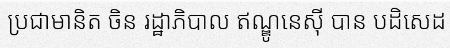
ប្រជាមានិត ចិន រដ្ឋាភិបាល ឥណ្ឌូនេស៊ី បាន បដិសេដ